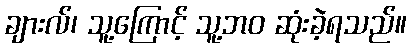
ချားလ်၊ သူ့ကြောင့် သူ့ဘဝ ဆုံးခဲ့ရသည်။